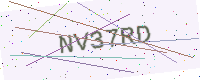
Text: NV37RD